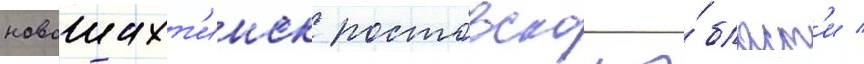
новошахт'инск ростовскои о́бласт'и /